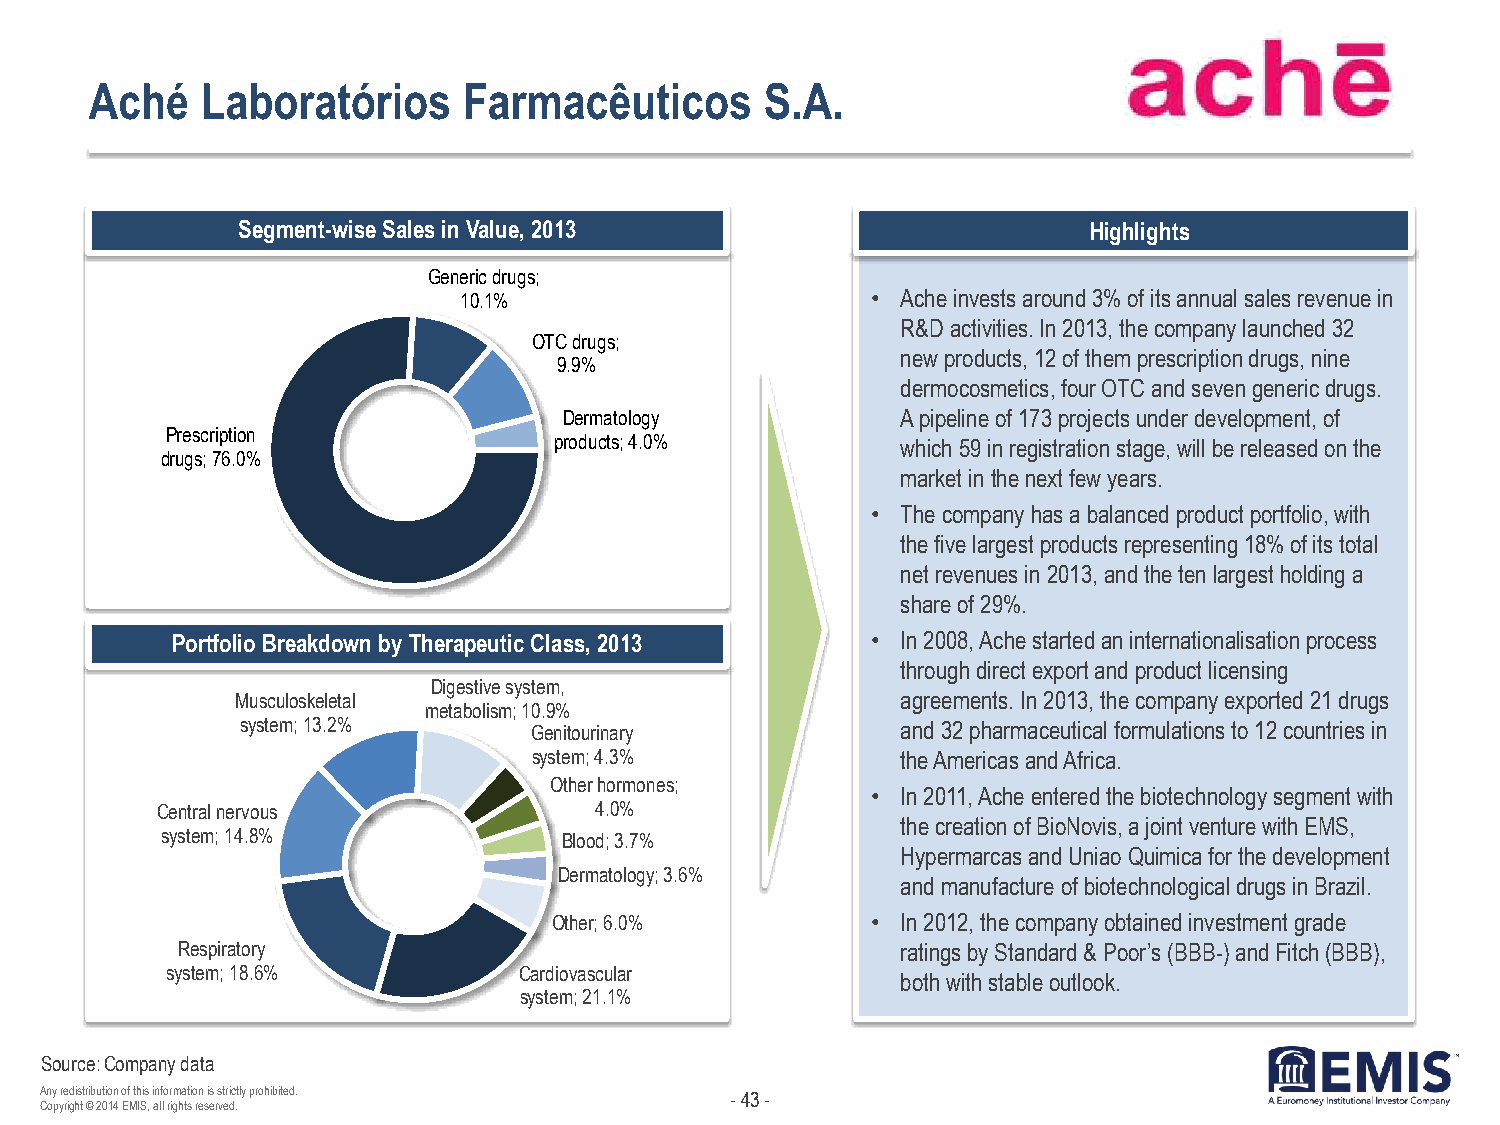
Aché   Laboratórios      Farmacêuticos       S.A.
 Segment-wise Sales in Value, 2013                       Highlights
 Generic drugs;
 10.1%                       • Ache invests around 3% of its annual sales revenue in
 R&D activities. In 2013, the company launched 32
 OTC drugs;
 new products, 12 of them prescription drugs, nine
 9.9%
 dermocosmetics, four OTC and seven generic drugs.
 Dermatology            A pipeline of 173 projects under development, of
 Prescription
 products; 4.0%         which 59 in registration stage, will be released on the
 drugs; 76.0%
 market in the next few years.
 • The company has a balanced product portfolio, with
 the five largest products representing 18% of its total
 net revenues in 2013, and the ten largest holding a
 share of 29%.
 Portfolio Breakdown by Therapeutic Class, 2013 • In 2008, Ache started an internationalisation process
 through direct export and product licensing
 Digestive system,
 Musculoskeletal                             agreements. In 2013, the company exported 21 drugs
 metabolism; 10.9%
 system; 13.2%      Genitourinary            and 32 pharmaceutical formulations to 12 countries in
 system; 4.3%             the Americas and Africa.
 Other hormones;
 • In 2011, Ache entered the biotechnology segment with
 Central nervous              4.0%
 the creation of BioNovis, a joint venture with EMS,
 system; 14.8%             Blood; 3.7%
 Hypermarcas and Uniao Quimica for the development
 Dermatology; 3.6%
 and manufacture of biotechnological drugs in Brazil.
 Other; 6.0%          • In 2012, the company obtained investment grade
 Respiratory                                     ratings by Standard & Poor’s (BBB-) and Fitch (BBB),
 system; 18.6%          Cardiovascular
 both with stable outlook.
 system; 21.1%
 Source: Com pany data
 Any redistribution o f this information is strictly prohibited. - 43 -
 Copyright © 2014 EMIS, all rights reserved.